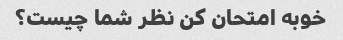
خوبه امتحان کن نظر شما چیست؟